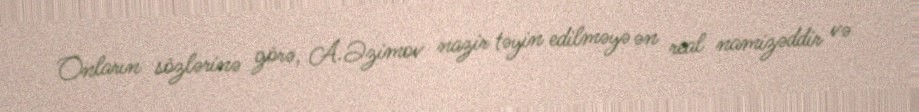
Onların sözlərinə görə, A.Əzimov nazir təyin edilməyə ən real namizəddir və